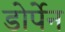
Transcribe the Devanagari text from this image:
डोर्पेन